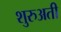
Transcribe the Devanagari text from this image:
शुरुअती